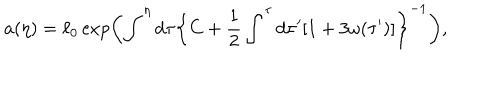
a ( \eta ) = \ell _ { 0 } \exp \biggl ( \int ^ { \eta } \mathrm { d } \tau \biggl \{ C + \frac { 1 } { 2 } \int ^ { \tau } \mathrm { d } \tau ^ { \prime } [ 1 + 3 \omega ( \tau ^ { \prime } ) ] \biggr \} ^ { - 1 } \biggr ) ,